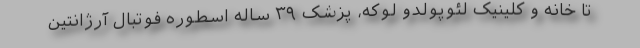
تا خانه و کلینیک لئوپولدو لوکه، پزشک ۳۹ ساله اسطوره فوتبال آرژانتین